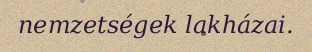
nemzetségek lakházai.